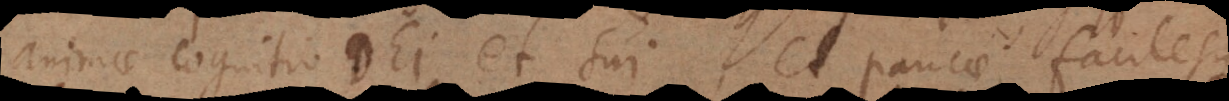
animae cognitio Dei et sui, et paucae facilesque